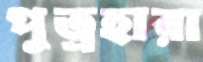
পুত্রহারা